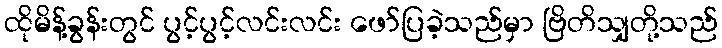
ထိုမိန့်ခွန်းတွင် ပွင့်ပွင့်လင်းလင်း ဖော်ပြခဲ့သည်မှာ ဗြိတိသျှတို့သည်